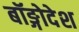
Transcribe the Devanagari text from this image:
बॉङ्गोदेश